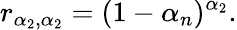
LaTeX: r_{\alpha_{2},\alpha_{2}}=(1-\alpha_{n})^{\alpha_{2}}.